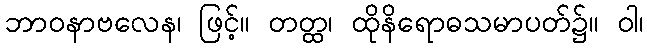
ဘာဝနာဗလေန၊ ဖြင့်။ တတ္ထ၊ ထိုနိရောဓသမာပတ်၌။ ဝါ၊